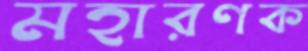
মহারণক